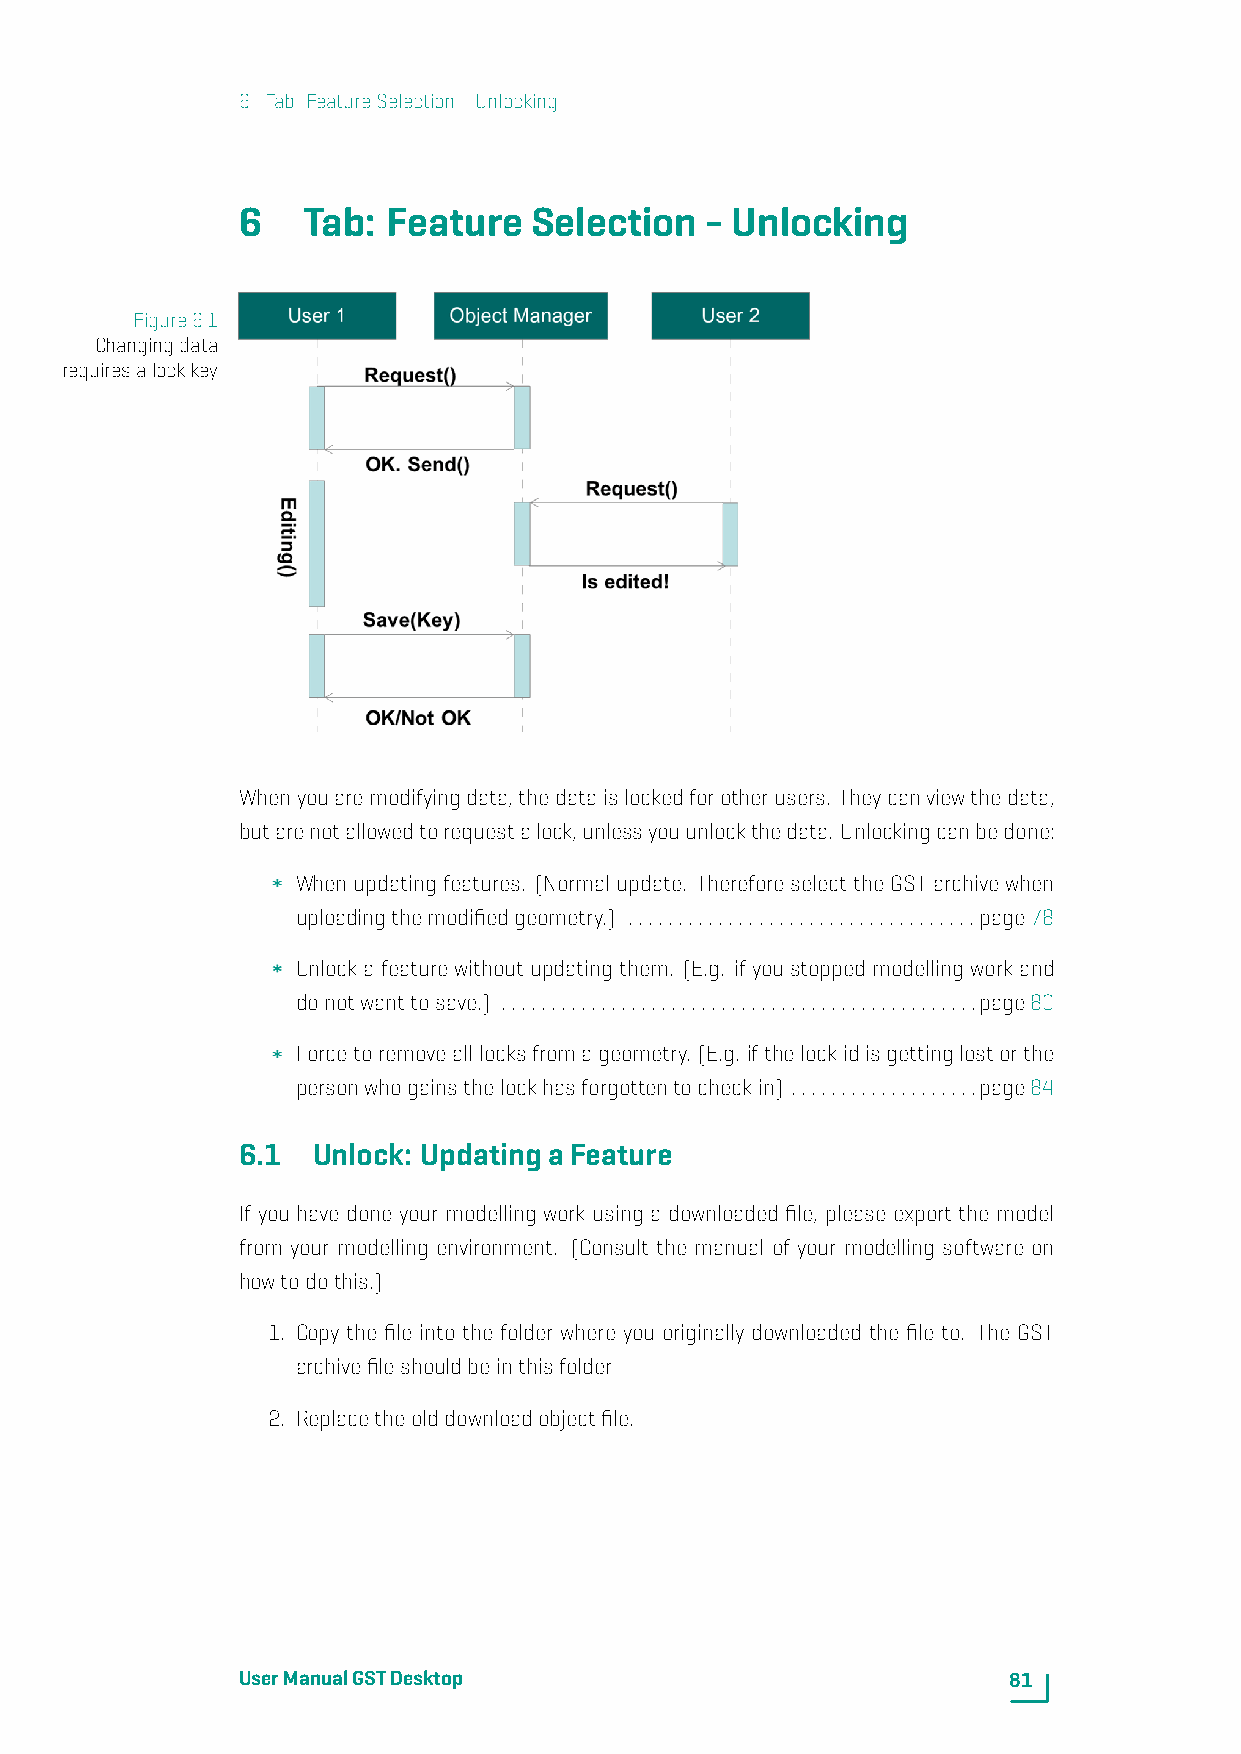
6. Tab: FeatureSelection-Unlocking
 6   Tab:  Feature  Selection   - Unlocking
 Figure6.1
 Changingdata
 requiresalockkey
 Whenyouaremodifyingdata,thedataislockedforotherusers. Theycanviewthedata,
 butarenotallowedtorequestalock,unlessyouunlockthedata. Unlockingcanbedone:
 Whenupdatingfeatures. (Normalupdate. ThereforeselecttheGSTarchivewhen
 uploadingthemodifiedgeometry.) ...................................page78
 Unlock a feature without updating them. (E.g. if you stopped modelling work and
 donotwanttosave.) ................................................page80
 Forcetoremovealllocksfromageometry. (E.g. ifthelockidisgettinglostorthe
 personwhogainsthelockhasforgottentocheckin) ...................page84
 6.1  Unlock: UpdatingaFeature
 If you have done your modelling work using a downloaded file, please export the model
 from your modelling environment. (Consult the manual of your modelling software on
 howtodothis.)
 1. Copy the file into the folder where you originally downloaded the file to. The GST
 archivefileshouldbeinthisfolder
 2. Replacetheolddownloadobjectfile.
 UserManualGSTDesktop                               81